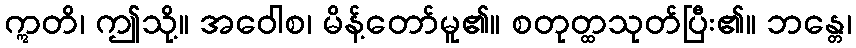
ဣတိ၊ ဤသို့။ အဝေါစ၊ မိန့်တော်မူ၏။ စတုတ္ထသုတ်ပြီး၏။ ဘန္တေ၊